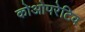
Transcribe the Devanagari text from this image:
कोओपरेटिव